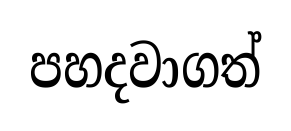
පහදවාගත්